Annual report on the working of the lock hospitals in the Central Provinces
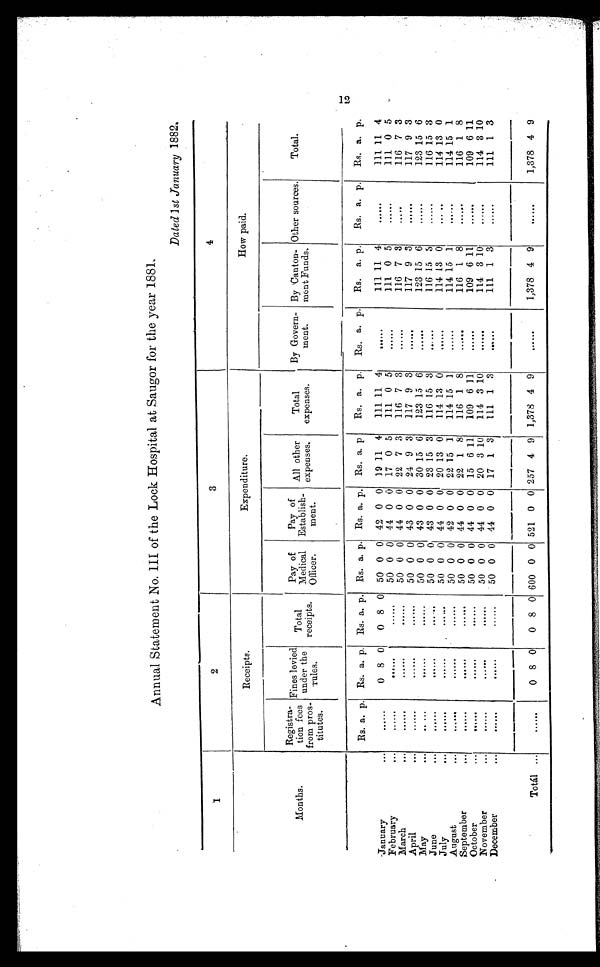
Annual Statement No. III of the Lock Hospital at Saugor for the year 1881.
Dated 1st January 1882.
1
2
3
4
Receipts.
Expenditure.
How paid.
Months.
Registra-
tion fees
from pros-
titutes.
Fines levied
under th
e rules.
Total
receipts.
Pay of
Medical
Officer.
Pay of
Establish-
ment.
All other
expenses.
Total
expenses.
By Govern-
ment.
By Canton-
ment Funds.
Other sources.
Total.
Rs. a p. Rs. a. p. Rs. a. p. Rs. a. p. Rs. a. p. Rs. a. p
Rs. a. p.
Rs. a. p.
Rs. a. p.
Rs. a. p.
Rs. a. p.
January...
......
0 8 0
0 8 0 50 0 0 42 0 0 19 11 4
111 11 4
......
111 11 4
......
111 11 4
February...
......
. . . . . .
......
50 0 0 44 0 0 17 0 5
111 0 5
......
111 0 5
......
111 0 5
March...
......
......
......
50 0 0 44 0 0 22 7 3
116 7
3
......
116 7 3
.....
116 7 3
April...
......
......
......
50 0 0 43 0 0 24 9 3
117 9 3
......
117 9 3
......
117 9 3
May...
......
......
......
50 0 0 43 0 0 30 15 6
123 15 6
. . . . . .
123 15 6
......
123 15 6
June...
......
......
.....
50 0 0 43 0 0 23 15 3
116 15 3
......
116 15
3
......
116 15 3
July...
......
......
......
50 0 0 44 0 0 20 13 0
114 13 0
......
114 13 0
.....
114 13 0
August...
......
......
......
50 0 0 42 0 0 22 15 1
114 15 1
......
114 15 1
......
114 15 1
September...
......
......
50 0 0 44 0 0 22 1 8
116 1 8
. . . . . .
116 1 8
......
116 1 8
October...
......
......
......
50 0 0 44 0 0 15 6 11
109 6 11
......
109
6 1 1 1
......
109 6 11
N o v e m b e r . . .
......
. . . . . .
......
50 0 0 44 0 0 20 3 10
114 3 10
......
114 3 10
......
114 3 10
December...
. . . . . .
......
......
50 0 0 44 0 0 17 1 3
111 1 3
. . . . . .
111 1 3
......
111 1 3
Totál...
......
0 8 0
0 8 0 600 0 0 521 0 0 257 4 9 1,378 4 9
.......
1,378 4 9
. . . . . . 1,378 4 9
12